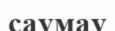
саумау